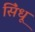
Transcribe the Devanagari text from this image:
सि॓धू